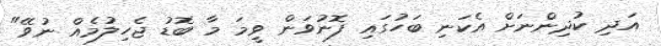
އަދި ކުދިންނަށް އެކަނި ބަހުގައި ފޮނުވަން ވީމަ މާ ބޮޑު ޖެހިލުމެއް ނުވޭ"